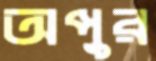
অপুর